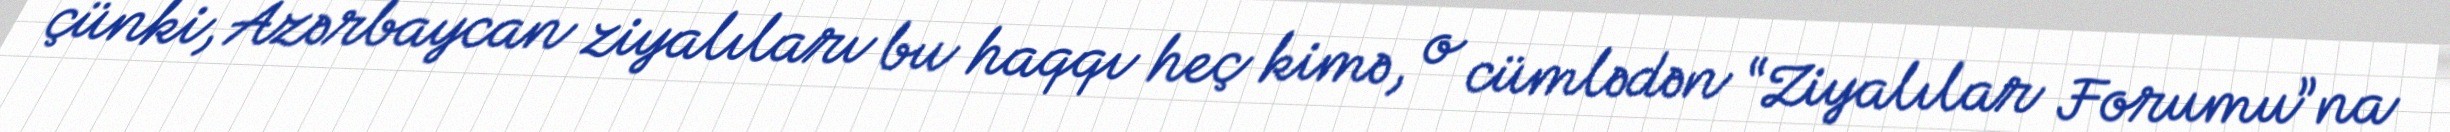
çünki, Azərbaycan ziyalıları bu haqqı heç kimə, o cümlədən “Ziyalılar Forumu”na